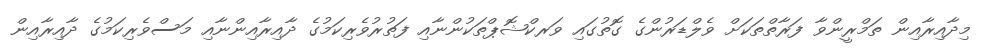
މިދާއިރާއިން ތަމްރީންވާ ފަރާތްތަކަށް ވެލްޑަރުންގެ ގޮތުގައި ވަރކްޝޮޕްތަކުންނާއި ފަތުރުވެރިކަމުގެ ދާއިރާއިންނާއި މަސްވެރިކަމުގެ ދާއިރާއިން